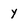
Character: Y